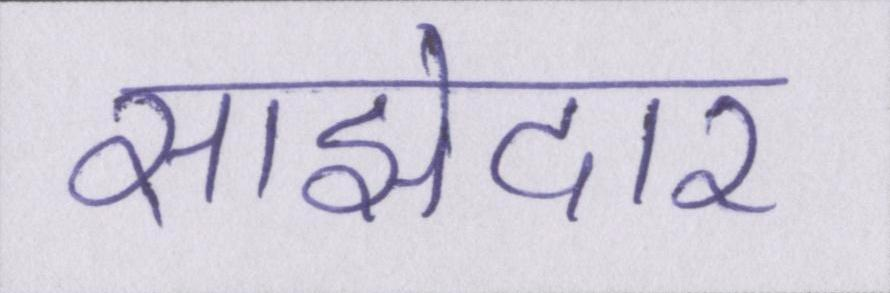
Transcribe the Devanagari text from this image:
साझेदार